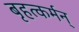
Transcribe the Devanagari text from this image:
बृहत्कर्मन्